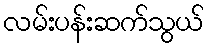
လမ်းပန်းဆက်သွယ်